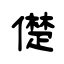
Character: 儊